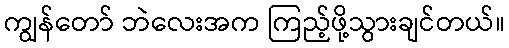
ကျွန်တော် ဘဲလေးအက ကြည့်ဖို့သွားချင်တယ်။